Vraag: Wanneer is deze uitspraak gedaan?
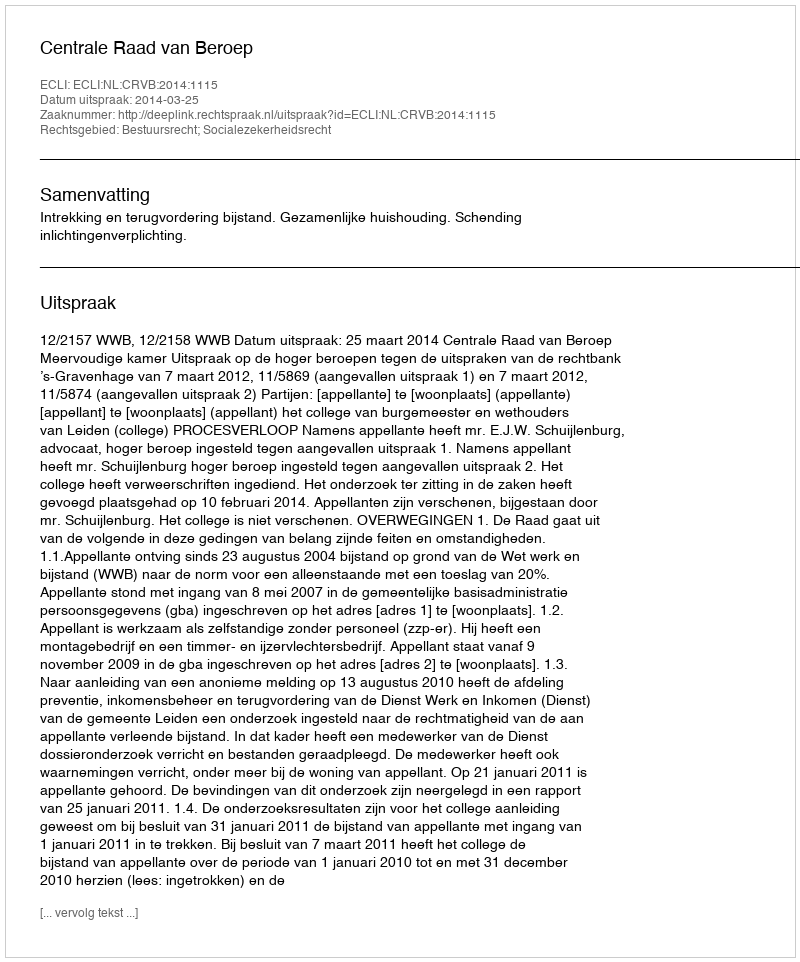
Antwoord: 2014-03-25